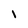
Character: l